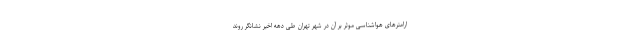
ارامترهای هواشناسی موثر بر آن در شهر تهران طی دهه اخیر نشانگر روند